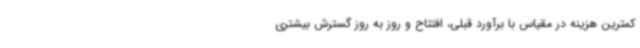
کمترین هزینه در مقیاس با برآورد قبلی، افتتاح و روز به روز گسترش بیشتری